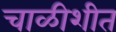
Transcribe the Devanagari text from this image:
चाळीशीत